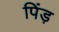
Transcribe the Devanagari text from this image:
पिंड़